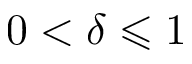
0 < \delta \leqslant 1